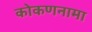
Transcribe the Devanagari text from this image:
कोकणनामा